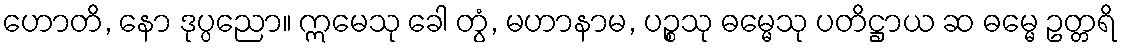
ဟောတိ, နော ဒုပ္ပညော။ ဣမေသု ခေါ တွံ, မဟာနာမ, ပဉ္စသု ဓမ္မေသု ပတိဋ္ဌာယ ဆ ဓမ္မေ ဥတ္တရိ